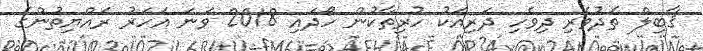
ޤާބިލް ތެދުވެރި ދިވެހި ދަރިއަކު ހުރިތާކުން ހޯދައި 2018 ވަނަ އަހަރު ރައްޔިތުންގެ